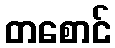
တစောင်